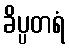
ခိပ္ပတရံ